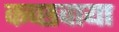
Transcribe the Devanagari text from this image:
कच्छवाया